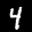
Label: 4